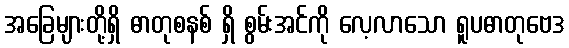
အခြေများတို့ရှိ ဓာတုစနစ် ရှိ စွမ်းအင်ကို လေ့လာသော ရူပဓာတုဗေဒ